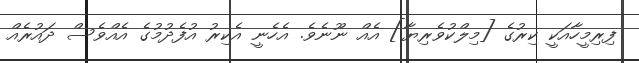
ފިރިމީހާއަކީ ކިރުގެ [މިލްކުވެރިޔާ] އެއް ނޫނެވެ. އެހެނީ އެކިރު އުފެދުމުގެ އެއްވެސް ދައުރެއް